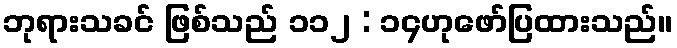
ဘုရားသခင် ဖြစ်သည် ၁၁၂ : ၁၄ဟုဖော်ပြထားသည်။